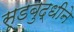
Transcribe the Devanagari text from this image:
सूडबुद्धीने